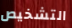
التشخيص